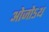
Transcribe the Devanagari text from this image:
ओजोऽथ